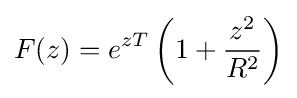
F(z)=e^{zT}\left(1+{\frac {z^{2}}{R^{2}}}\right)